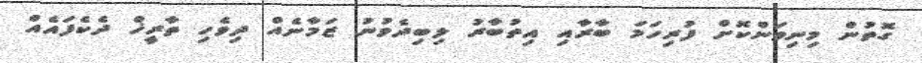
ގޮތުން މިނިވަންކޮށް ފުރިހަމަ ބާރާއި އިތުބާރު ލިބިދެވުނު ޒަމާނެއް ދިވެހި ތާރީޚް ދެކެފައެއް